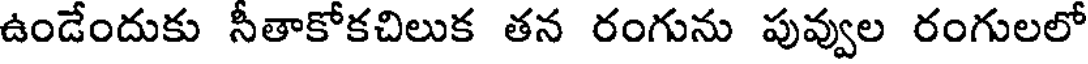
ఉండేందుకు సీతాకోకచిలుక తన రంగును పువ్వుల రంగులలో